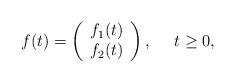
LaTeX: \begin{align*} f(t)=\left(\begin{array}{c}f_{1}(t) \\f_{2}(t)\end{array}\right),\ \ \ \ t\ge 0,\end{align*}